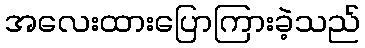
အလေးထားပြောကြားခဲ့သည်